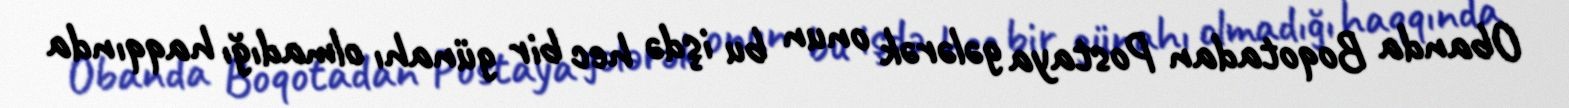
Obanda Boqotadan Postaya gələrək onun bu işdə hec bir günahı olmadığı haqqında